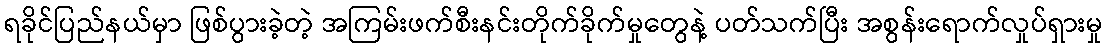
ရခိုင်ပြည်နယ်မှာ ဖြစ်ပွားခဲ့တဲ့ အကြမ်းဖက်စီးနင်းတိုက်ခိုက်မှုတွေနဲ့ ပတ်သက်ပြီး အစွန်းရောက်လှုပ်ရှားမှု